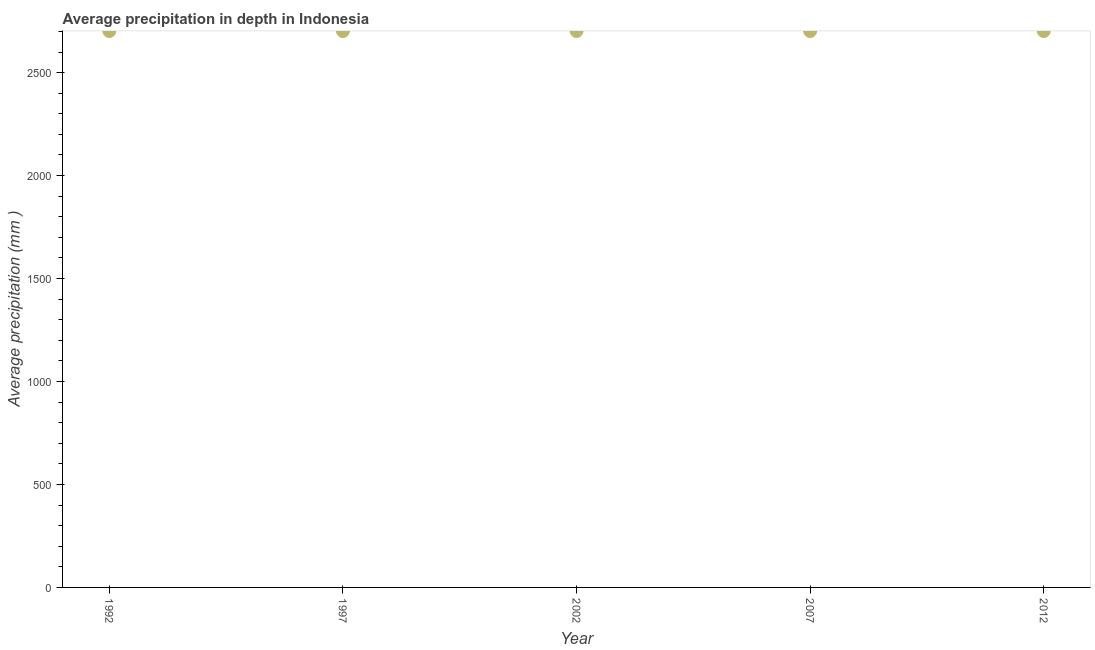
| Year | Average precipitation in depth |
 | --- | --- |
 | 1992 | 2.7e+03 |
 | 1997 | 2.7e+03 |
 | 2002 | 2.7e+03 |
 | 2007 | 2.7e+03 |
 | 2012 | 2.7e+03 |